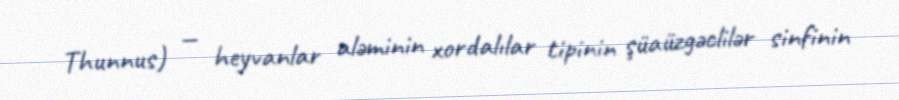
Thunnus) — heyvanlar aləminin xordalılar tipinin şüaüzgəclilər sinfinin